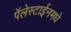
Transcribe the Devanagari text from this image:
पॅलेस्टाईनमधे